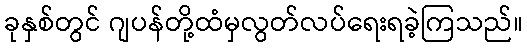
ခုနှစ်တွင် ဂျပန်တို့ထံမှလွတ်လပ်ရေးရခဲ့ကြသည်။